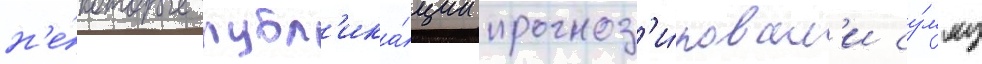
н'е́которые публ'ика́ции прогноз'и́ровал'и су́мму